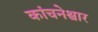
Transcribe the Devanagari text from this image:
कांचनेश्वार